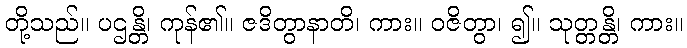
တို့သည်။ ပဌန္တိ၊ ကုန်၏။ ဇဒိတွာနာတိ၊ ကား။ ဝဇိတွာ၊ ၍။ သုတ္တန္တိ၊ ကား။